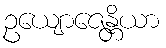
ဥယျောဇေန္တိယာ